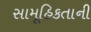
સામૂહિકતાની